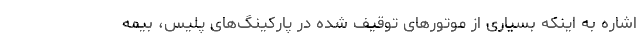
اشاره به اینکه بسیاری از موتورهای توقیف شده در پارکینگ‌های پلیس، بیمه